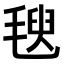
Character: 𣯁